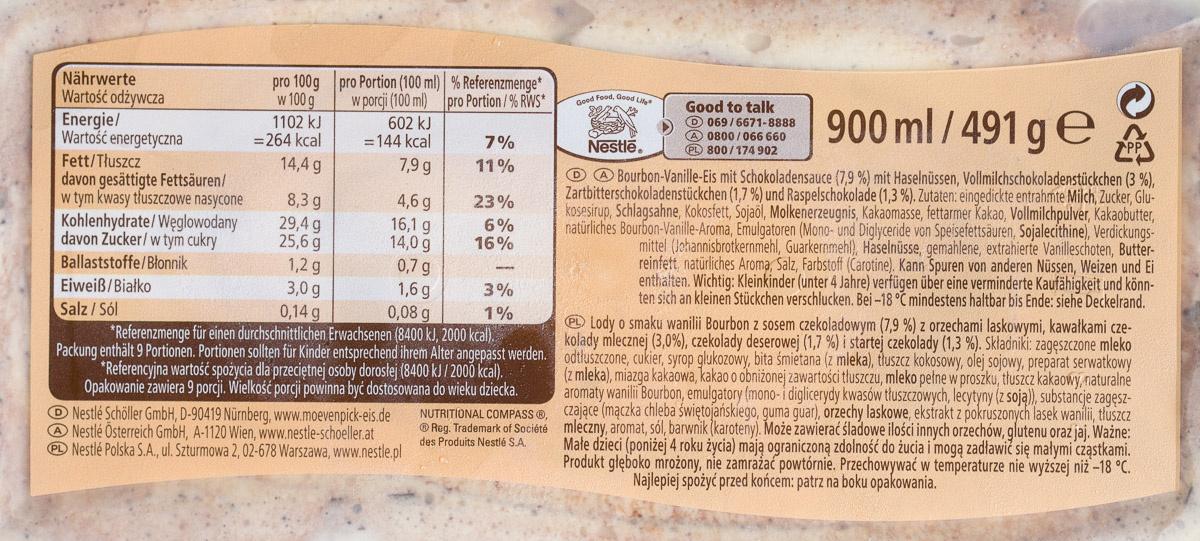
Nährwerte Wartość odżywcza Energie/
Wartość energetyczna
Fett/Tłuszcz
davon gesättigte Fettsäuren/
w tym kwasy tłuszczowe nasycone Kohlenhydrate/Węglowodany davon Zucker/w tym cukry Ballaststoffe/Błonnik
Eiweiß/Białko
Salz/Sól
pro 100g w 100 g
1102 kJ
= 264 kcal
14,4 g
8,3 g
29,4 g
25,6 g
1,2 g
3,0 g
0,14 g
pro Portion (100 ml) % Referenzmenge* w porcji (100 ml) pro Portion/%RWS*
602 kJ
= 144 kcal
7,9 g
4,6 g
16,1 g
14,0 g
0,7 g
1,6 g
7%
11%
Nestlé Schöller GmbH, D-90419 Nürnberg, www.moevenpick-eis.de Nestlé Österreich GmbH, A-1120 Wien, www.nestle-schoeller.at PL Nestlé Polska S.A., ul. Szturmowa 2, 02-678 Warszawa, www.nestle.pl
23% 6% 16%
3%
1%
0,08 g
*Referenzmenge für einen durchschnittlichen Erwachsenen (8400 kJ, 2000 kcal). Packung enthält 9 Portionen. Portionen sollten für Kinder entsprechend ihrem Alter angepasst werden.
*Referencyjna wartość spożycia dla przeciętnej osoby dorosłej (8400 kJ/2000 kcal), Opakowanie zawiera 9 porcji. Wielkość porcji powinna być dostosowana do wieku dziecka. NUTRITIONAL COMPASS ®, Reg. Trademark of Société
des Produits Nestlé S.A.
Good Food, Good Lif
2254
900 ml/491 ge
Nestle.
DA Bourbon-Vanille-Eis mit Schokoladensauce (7,9 %) mit Haselnüssen, Vollmilchschokoladenstückchen (3 %), Zartbitterschokoladenstückchen (1,7 %) und Raspelschokolade (1,3 %). Zutaten: eingedickte entrahmte Milch, Zucker, Glukosesirup, Schlagsahne, Kokosfett, Sojaöl, Molkenerzeugnis, Kakaomasse, fettarmer Kakao, Vollmilchpulver, Kakaobutter, natürliches Bourbon-Vanille-Aroma, Emulgatoren (Mono- und Diglyceride von Speisefettsäuren, Sojalecithine), Verdickungsmittel (Johannisbrotkernmehl, Guarkernmehl), Haselnüsse, gemahlene, extrahierte Vanilleschoten, Butterreinfett, natürliches Aroma, Salz, Farbstoff (Carotine). Kann Spuren von anderen Nüssen, Weizen und Ei enthalten. Wichtig: Kleinkinder (unter 4 Jahre) verfügen über eine verminderte Kaufähigkeit und könnten sich an kleinen Stückchen verschlucken. Bei -18 °C mindestens haltbar bis Ende: siehe Deckelrand.
Good to talk
069/6671-8888 A 0800/066 660 PL 800/174 902
Lody o smaku wanilii Bourbon z sosem czekoladowym (7,9 %) z orzechami laskowymi, kawałkami czeodtłuszczone, cukier, syrop glukozowy, bita śmietana (z mleka), tłuszcz kokosowy, olej sojowy, preparat serwatkowy kolady mlecznej (3,0%), czekolady deserowej (1,7 %) i startej czekolady (1,3 %). Składniki: zagęszczone mleko (z mleka), miazga kakaowa, kakao o obniżonej zawartości tłuszczu, mleko pełne w proszku, tłuszcz kakaowy, naturalne aromaty wanilii Bourbon, emulgatory (mono- i diglicerydy kwasów tłuszczowych, lecytyny (z soją)), substancje zagęszczające (mączka chleba świętojańskiego, guma guar), orzechy laskowe, ekstrakt z pokruszonych lasek wanilii, tłuszcz mleczny, aromat, sól, barwnik (karoteny). Może zawierać śladowe ilości innych orzechów, glutenu oraz jaj. Ważne: Małe dzieci (poniżej 4 roku życia) mają ograniczoną zdolność do żucia i mogą zadławić się małymi cząstkami. Produkt głęboko mrożony, nie zamrażać powtórnie. Przechowywać w temperaturze nie wyższej niż -18 °C. Najlepiej spożyć przed końcem: patrz na boku opakowania.